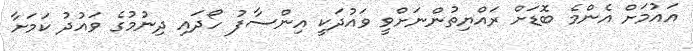
އައުމަށް އެންމެ ބޮޑަށް ރައްޔިތުންނަށްވީ ވައުދަކީ އިންސާފު ހޯދައި ދިނުމުގެ ވައުދު ކަމަށާ